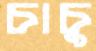
চাচু